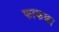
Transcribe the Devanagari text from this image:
फाकका